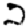
Digit: 2